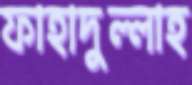
ফাহাদুল্লাহ